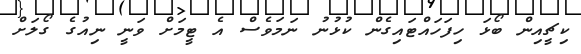
ކިޗީއިން ބޯޅަ ހިފަހައްޓައިގެން ކުޅުނު ނަމަވެސް އެ ޓީމަށް ވަނީ ނިއުގެ ގޯލަށް